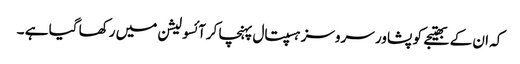
کہ ان کے بھتیجے کو پشاور سروسز ہسپتال پہنچا کرآئسولیشن میں رکھا گیا ہے ۔